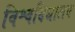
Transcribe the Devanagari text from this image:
विश्वदिद्यालय